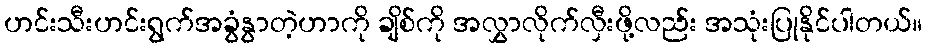
ဟင်းသီးဟင်းရွက်အခွံနွာတဲ့ဟာကို ချိစ်ကို အလွှာလိုက်လှီးဖို့လည်း အသုံးပြုနိုင်ပါတယ်။